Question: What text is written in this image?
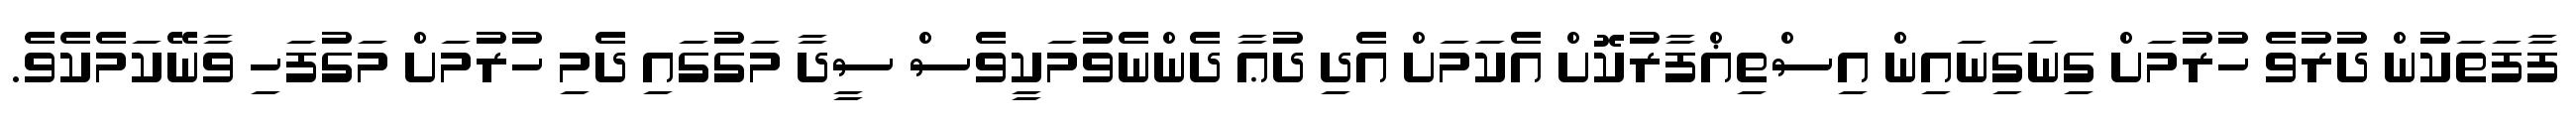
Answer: ފާފަތަކުން ދުރުވެ ހުރުމަށް ގިނަގިނައިން އިސްތިޣްފާރުކޮށް އެކަމަށް އެދި ދުޢާ ދެންނެވުމަކީވެސް ސީދާ މަގުގައި ދެމި ހުރުމަށް މަގުފަހި ވާނޭކަމެކެވެ.